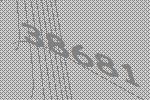
38681